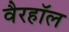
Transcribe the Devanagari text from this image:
वैरहॉल